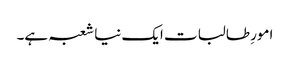
امورِ طالبات ایک نیا شعبہ ہے۔